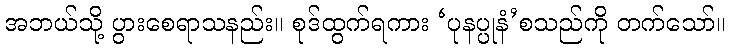
အဘယ်သို့ ပွားစေရာသနည်း။ စုဒ်ထွက်ရကား ‘ပုနပ္ပုနံ’စသည်ကို တက်သော်။